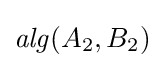
{\mathit {alg}}(A_{2},B_{2})